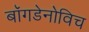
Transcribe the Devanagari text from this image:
बॉगडेनोविच